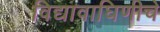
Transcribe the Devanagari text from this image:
विद्यावाघिणीचे